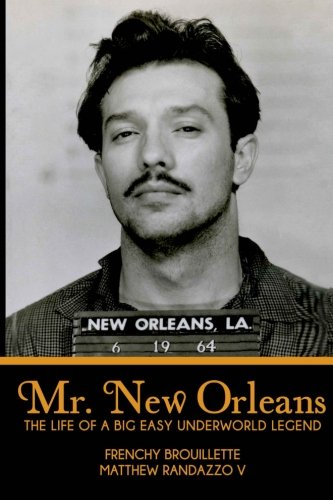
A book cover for Mr. New Orleans: The Life of a Big Easy Underworld Legend; Matthew Randazzo V; Biographies & Memoirs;